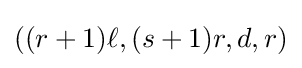
((r+1)\ell ,(s+1)r,d,r)